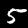
Digit: 5